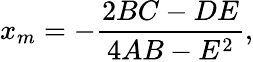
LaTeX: x_{m}=-{\frac{2BC-DE}{4AB-E^{2}}},